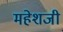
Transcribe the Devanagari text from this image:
महेशजी